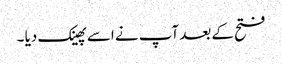
فتح کے بعد آپ نے اسے پھینک دیا ۔